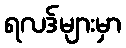
ရလဒ်များမှာ